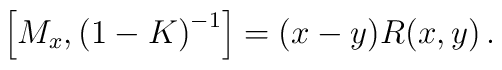
\left[M_x,\left(1-K\right)^{-1}\right]=(x-y)R(x,y)\, .